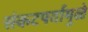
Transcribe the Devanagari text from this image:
संकटपर्वामुळे